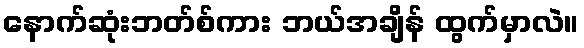
နောက်ဆုံးဘတ်စ်ကား ဘယ်အချိန် ထွက်မှာလဲ။